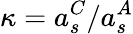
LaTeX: \kappa=a_{s}^{C}/a_{s}^{A}